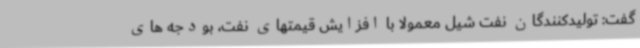
گفت: تولیدکنندگان نفت شیل معمولا با افزایش قیمتهای نفت، بودجه های